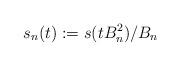
LaTeX: \begin{align*}s_n(t):={s(tB_n^2)}/{B_n}\end{align*}